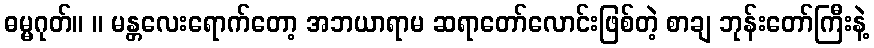
ဓမ္မဂုတ်။ ။ မန္တလေးရောက်တော့ အဘယာရာမ ဆရာတော်လောင်းဖြစ်တဲ့ စာချ ဘုန်းတော်ကြီးနဲ့